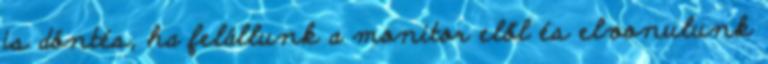
is döntés, ha felállunk a monitor elől és elvonulunk